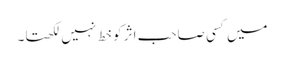
میں کسی صاحبِ اثر کو خط نہیں لکھتا۔